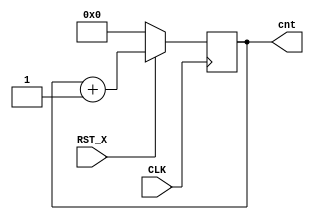
module counter(CLK, RST_X, cnt);
  input RST_X, CLK;
  output reg [3:0] cnt;
  always @(posedge CLK)  begin
    if (!RST_X)
      cnt <= 4'h0;
    else
      cnt <= cnt + 4'h1;
  end
endmodule